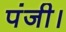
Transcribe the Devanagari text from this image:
पंजी।